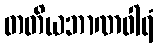
တတိယဘာဏဝါရံ